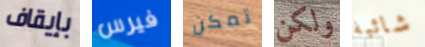
بإيقاف فيرس تمكن ولكن شائبة